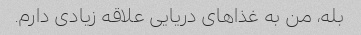
بله، من به غذاهای دریایی علاقه زیادی دارم.